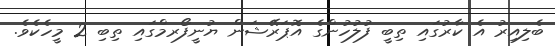
ބެލިއިރު އެ ކާރުގައި ތިބީ ފުލުހުންގެ އޮޕަރޭޝަން ޔުނީފޯރމްގައި ތިބި 2 މީހެކެވެ.